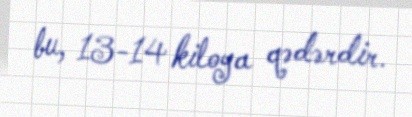
bu, 13-14 kiloya qədərdir.